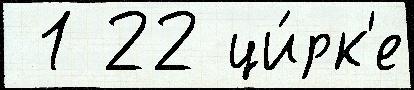
 1 22 ци́рк'е